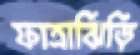
ফাত্রাঝিড়ি